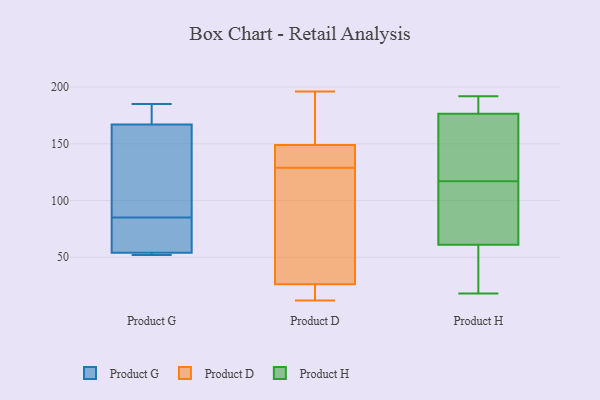
{"axis": {"x": "Revenue (USD Million)", "y": "Value"}, "legend": ["Product D", "Product G", "Product H"], "data": [{"x": "", "y": 184, "type": "Product G"}, {"x": "", "y": 167, "type": "Product G"}, {"x": "", "y": 65, "type": "Product G"}, {"x": "", "y": 185, "type": "Product G"}, {"x": "", "y": 52, "type": "Product G"}, {"x": "", "y": 142, "type": "Product G"}, {"x": "", "y": 105, "type": "Product G"}, {"x": "", "y": 53, "type": "Product G"}, {"x": "", "y": 56, "type": "Product G"}, {"x": "", "y": 54, "type": "Product G"}, {"x": "", "y": 18, "type": "Product D"}, {"x": "", "y": 65, "type": "Product D"}, {"x": "", "y": 129, "type": "Product D"}, {"x": "", "y": 152, "type": "Product D"}, {"x": "", "y": 196, "type": "Product D"}, {"x": "", "y": 13, "type": "Product D"}, {"x": "", "y": 167, "type": "Product D"}, {"x": "", "y": 135, "type": "Product D"}, {"x": "", "y": 140, "type": "Product D"}, {"x": "", "y": 12, "type": "Product D"}, {"x": "", "y": 51, "type": "Product D"}, {"x": "", "y": 146, "type": "Product H"}, {"x": "", "y": 20, "type": "Product H"}, {"x": "", "y": 44, "type": "Product H"}, {"x": "", "y": 178, "type": "Product H"}, {"x": "", "y": 192, "type": "Product H"}, {"x": "", "y": 116, "type": "Product H"}, {"x": "", "y": 108, "type": "Product H"}, {"x": "", "y": 104, "type": "Product H"}, {"x": "", "y": 117, "type": "Product H"}, {"x": "", "y": 189, "type": "Product H"}, {"x": "", "y": 85, "type": "Product H"}, {"x": "", "y": 188, "type": "Product H"}, {"x": "", "y": 45, "type": "Product H"}, {"x": "", "y": 53, "type": "Product H"}, {"x": "", "y": 130, "type": "Product H"}, {"x": "", "y": 117, "type": "Product H"}, {"x": "", "y": 172, "type": "Product H"}, {"x": "", "y": 18, "type": "Product H"}, {"x": "", "y": 190, "type": "Product H"}]}